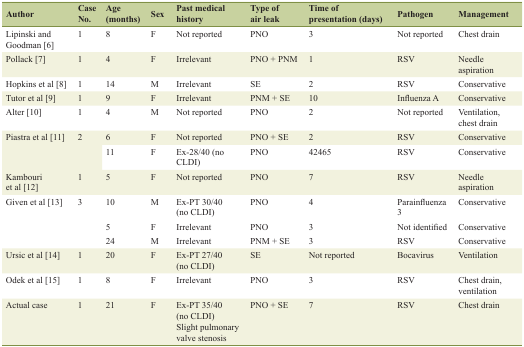
| Author | Case No. | Age (months) | Sex | Past medical history | Type of air leak | Time of presentation (days) | Pathogen | Management |
 | --- | --- | --- | --- | --- | --- | --- | --- | --- |
 | Lipinski and Goodman [6] | 1 | 8 | F | Not reported | PNO | 3 | Not reported | Chest drain |
 | Pollack [7] | 1 | 4 | F | Irrelevant | PNO + PNM | 1 | RSV | Needle aspiration |
 | Hopkins et al [8] | 1 | 14 | M | Irrelevant | SE | 2 | RSV | Conservative |
 | Tutor et al [9] | 1 | 9 | F | Irrelevant | PNM + SE | 10 | Influenza A | Conservative |
 | Alter [10] | 1 | 4 | M | Not reported | PNO | 2 | Not reported | Ventilation, chest drain |
 | <ROWSPAN=2> Piastra et al [11] | <ROWSPAN=2> 2 | 6 | F | Not reported | PNO + SE | 2 | RSV | Conservative |
 | 11 | F | Ex-28/40 (no CLDI) | PNO | 42465 | RSV | Conservative |
 | Kambouri et al [12] | 1 | 5 | F | Not reported | PNO | 7 | RSV | Needle aspiration |
 | <ROWSPAN=3> Given et al [13] | <ROWSPAN=3> 3 | 10 | M | Ex-PT 30/40 (no CLDI) | PNO | 4 | Parainfluenza 3 | Conservative |
 | 5 | F | Irrelevant | PNO | 3 | Not identified | Conservative |
 | 24 | M | Irrelevant | PNM + SE | 3 | RSV | Conservative |
 | Ursic et al [14] | 1 | 20 | F | Ex-PT 27/40 (no CLDI) | SE | Not reported | Bocavirus | Ventilation |
 | Odek et al [15] | 1 | 8 | F | Irrelevant | PNO | 3 | RSV | Chest drain, ventilation |
 | Actual case | 1 | 21 | F | Ex-PT 35/40 (no CLDI)Slight pulmonary valve stenosis | PNO + SE | 7 | RSV | Chest drain |